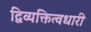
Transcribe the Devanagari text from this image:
द्विव्यक्तित्वधारी